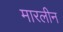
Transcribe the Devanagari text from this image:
मारलीन